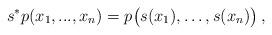
LaTeX: \begin{align*} s^*p(x_1, ..., x_n) = p\big(s(x_1),\dots, s(x_n)\big) \,,\end{align*}